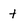
Character: t